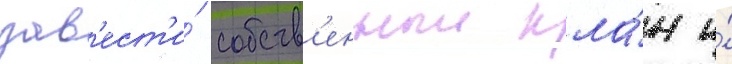
зав'ест'и́ собств'енныи кла́н и́